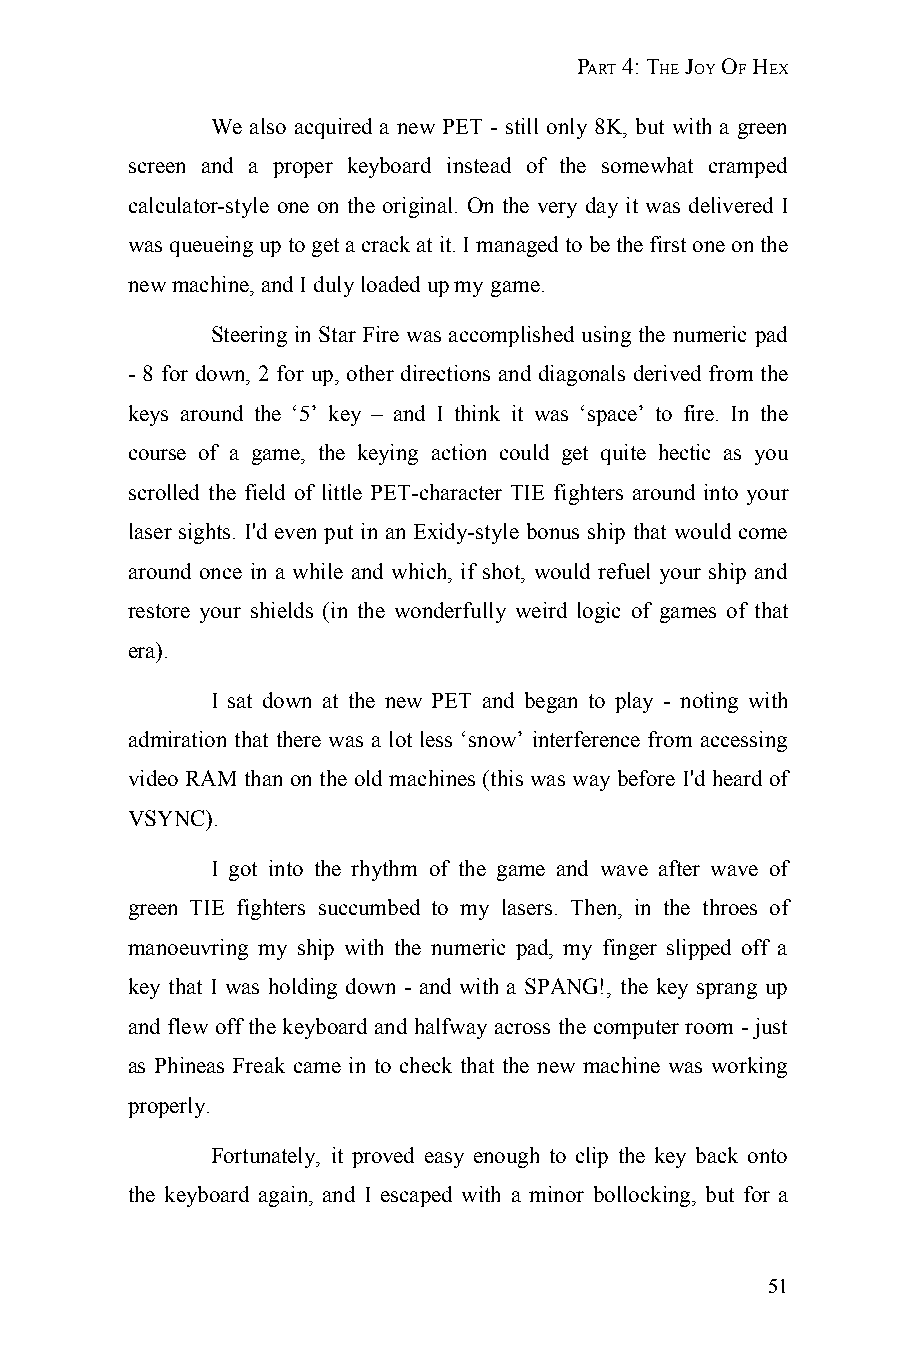
PART 4: THE JOY OF HEX
 We also acquired a new PET - still only 8K, but with a green
 screen and a proper keyboard instead of the somewhat cramped
 calculator-style one on the original. On the very day it was delivered I
 was queueing up to get a crack at it. I managed to be the first one on the
 new machine, and I duly loaded up my game.
 Steering in Star Fire was accomplished using the numeric pad
 - 8 for down, 2 for up, other directions and diagonals derived from the
 keys around the ‘5’ key – and I think it was ‘space’ to fire. In the
 course of a game, the keying action could get quite hectic as you
 scrolled the field of little PET-character TIE fighters around into your
 laser sights. I'd even put in an Exidy-style bonus ship that would come
 around once in a while and which, if shot, would refuel your ship and
 restore your shields (in the wonderfully weird logic of games of that
 era).
 I sat down at the new PET and began to play - noting with
 admiration that there was a lot less ‘snow’ interference from accessing
 video RAM than on the old machines (this was way before I'd heard of
 VSYNC).
 I got into the rhythm of the game and wave after wave of
 green TIE fighters succumbed to my lasers. Then, in the throes of
 manoeuvring my ship with the numeric pad, my finger slipped off a
 key that I was holding down - and with a SPANG!, the key sprang up
 and flew off the keyboard and halfway across the computer room - just
 as Phineas Freak came in to check that the new machine was working
 properly.
 Fortunately, it proved easy enough to clip the key back onto
 the keyboard again, and I escaped with a minor bollocking, but for a
 51